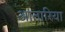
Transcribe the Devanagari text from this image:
आतारिया